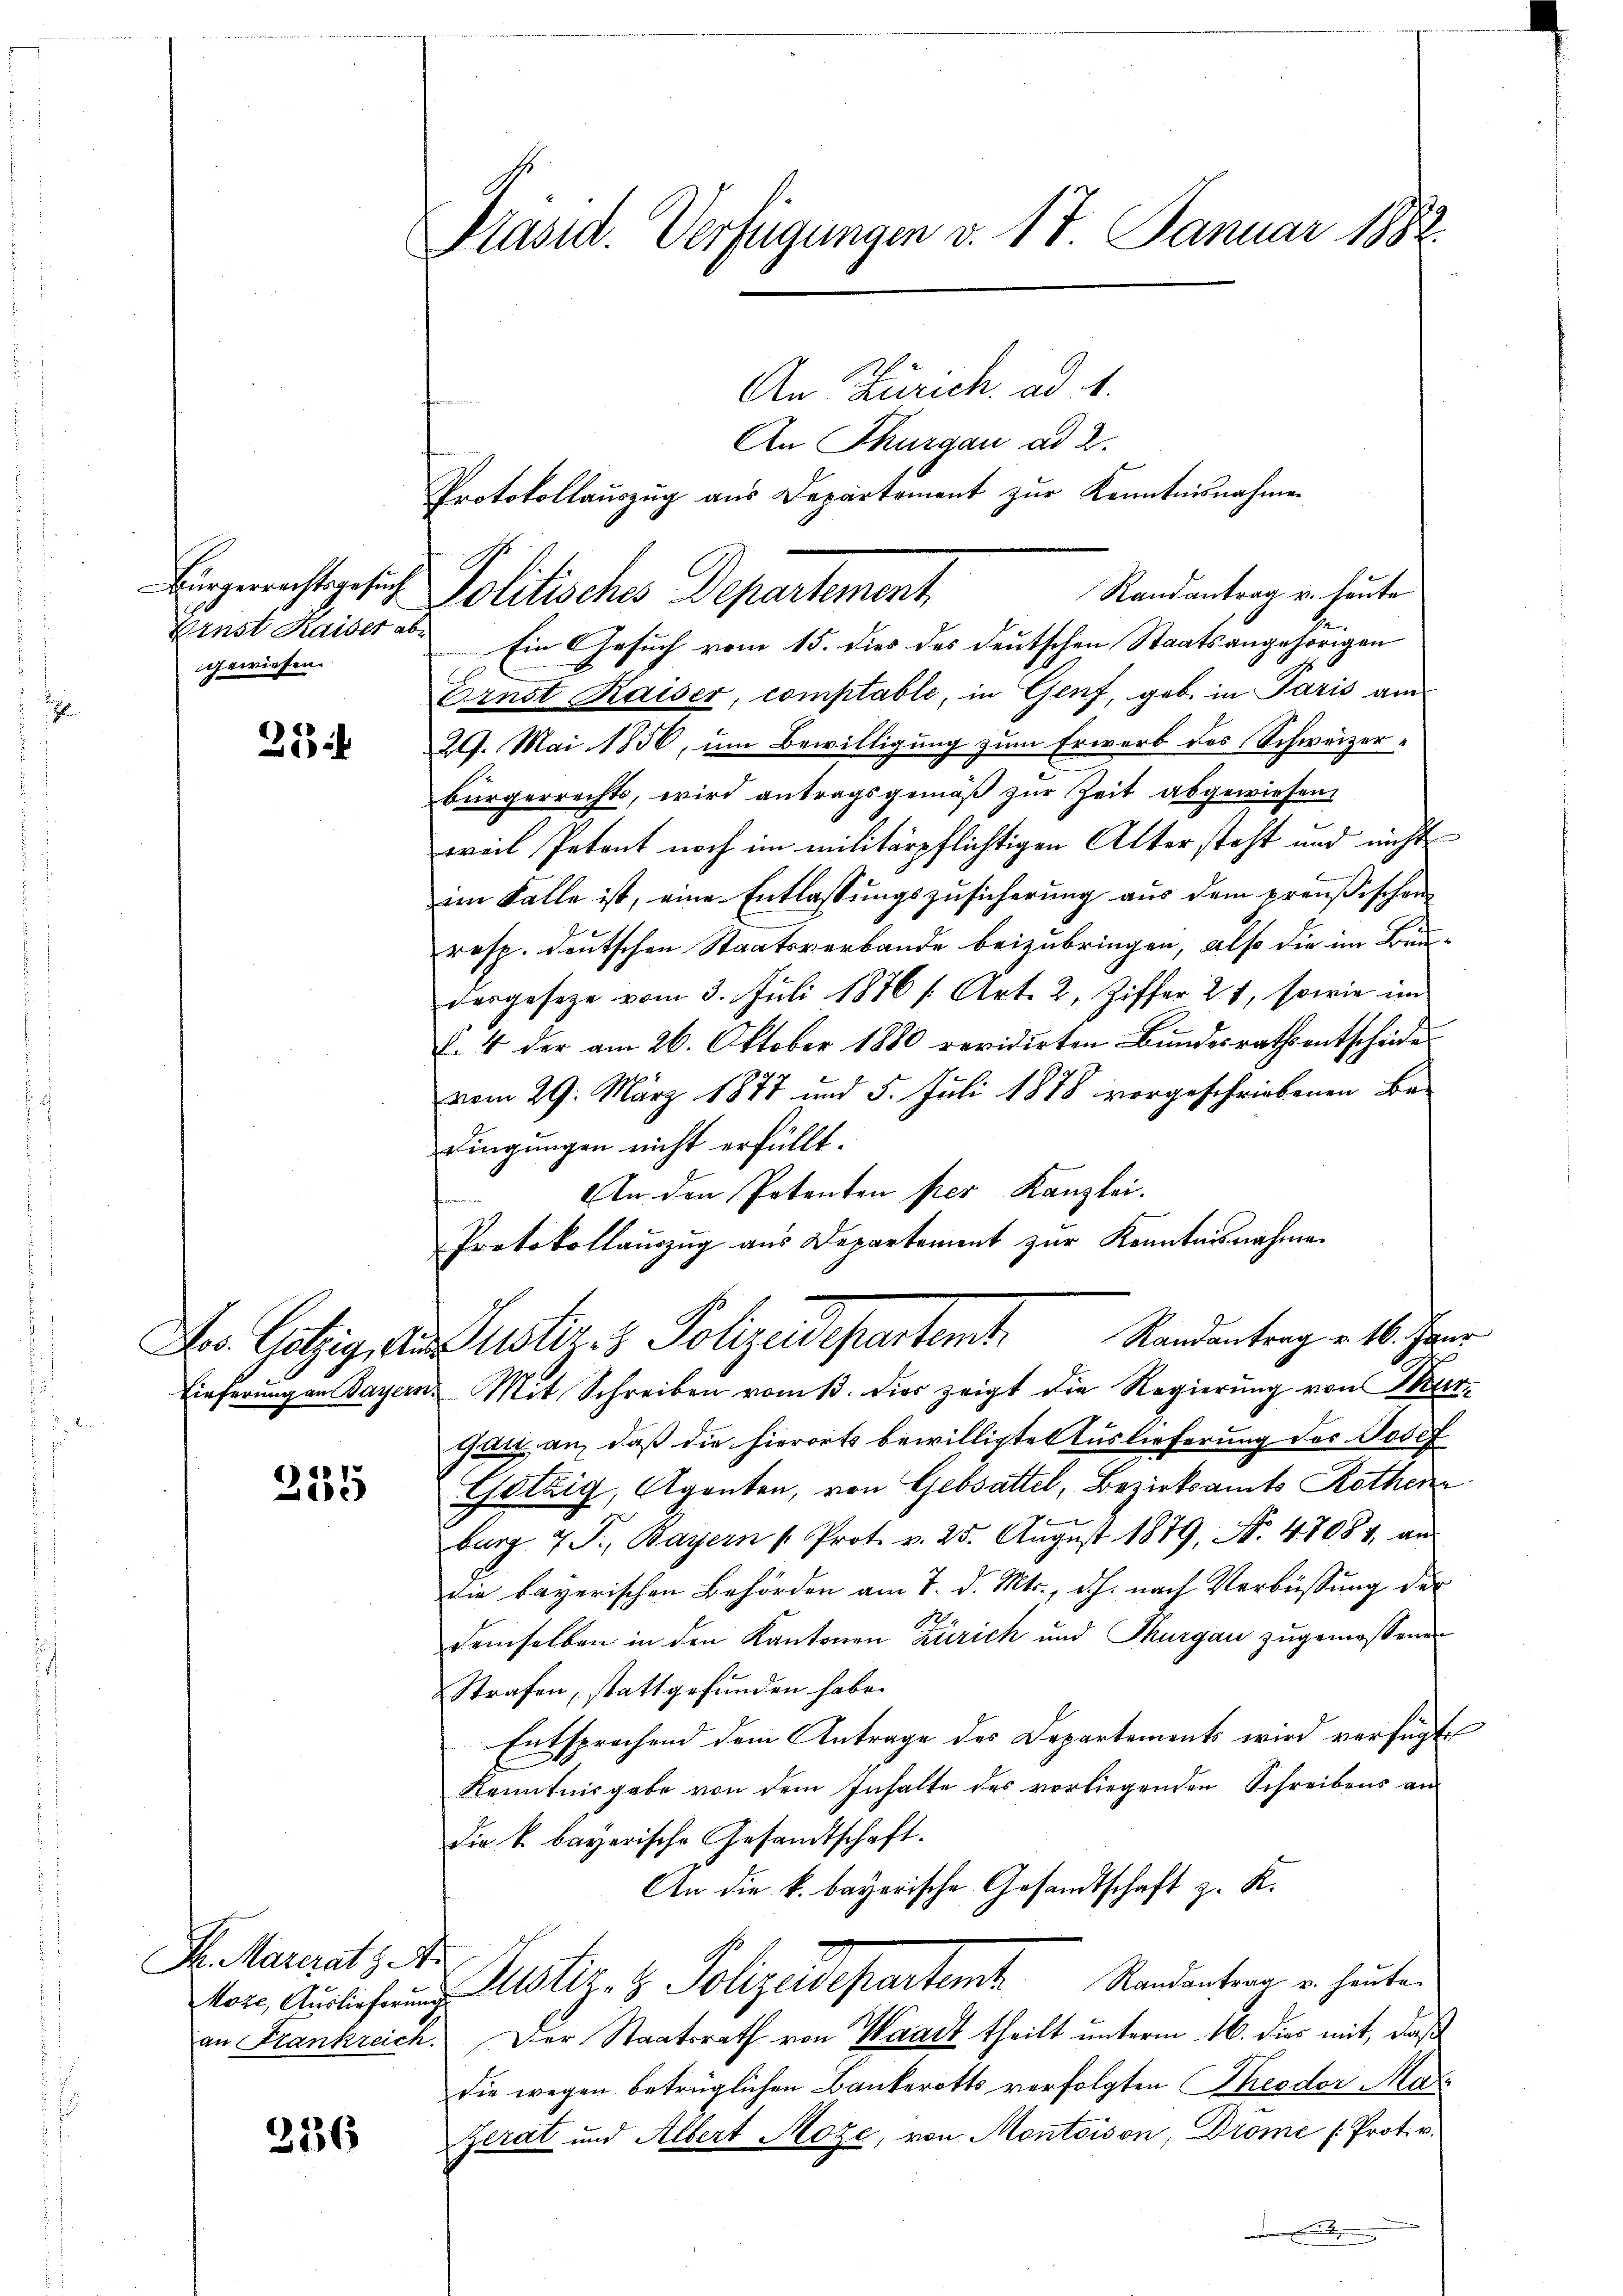
Bürgerrechtsgesuch
Ernst Kaiser abgewiesen.

21 i

os. Gutzig, Aus
Lieferung an Bayers

235

Dr. Materats A

336

Präsid. Verfügungen v. 17. Januar 1882.

An Zürich. ad 1.
An Thurgau ad 2.
Protokollaŭszŭg aŭs Departement zŭr Kenntnisnahmen
Randantrag u. heute
Politisches Departement
Ein Gesuch vom 15. dies des deutschen Staatsangehörigen
Ernst Kaiser, comptable, in Genf, geb. in Paris am
29. Mai 1856, um Bewilligung zum Erwerb des Schweizerbürgerrechts, wird antragsgemäβ zŭr Zeit abgewiesen.
weil Petent noch im militärpflichtigen Altersteht und nicht
im Falle ist, eine Entlassungszusicherung aus dem preußischen
resp. deutschen Staatsverbande beizubringen, also die im Bundargeseze vom 3. Juli 1876 /: Art. 2, Ziffer 21, sowie im
. 4 der am 26. Oktober 1880 revidirten Bundesraths entscheide
vom 29. März 1877 und 5. Juli 1878 vorgeschriebenen Be-
dingungen nicht erfüllt.
An den Petenten per Kanzlei.
d
Protokollauszug aus Departement zur Kenntnisnahme
Randantrag v. 16. Janr
Justiz & Polizeidepartent
2. Mit Schreiben vom 13. dies zeigt die Regierung von Mur-
gar, an, daß die hierorts bewilligte Auslieferung des Josef
Götzig, Agenten, von Gebsattel, Bezirksamts Rothen
burg 7 F., Bayern / Prot. v. 25. Aŭgŭst 1879, N. 47084, an
die bayerischen Behörden am 7. d. Mts., d.h. nach Verbüssung der
demselben in den Kantonen Zürich und Thurgau zugemessenen
Strafen, stattgefunden habe.
Entsprechend dem Antrage des Departements wird verfügt
Kenntnisgabe von dem Inhalte des vorliegenden Schreibens an
die k. bayerische Gesandtschaft.
An die k. bayerische Gesandtschaft z. K.
or, Auslichung Astiz- & Polizeidepartem Randantrag u. heute.
an Frankreich. Der Staatsrath von Waadt theilt unterm 16. dies mit, daß
die wegen betrüglichen Bankerotts verfolgten Theodor Mari
Zerat und Albert Moze, von Montoison, Dröme /: Prot. v.
.